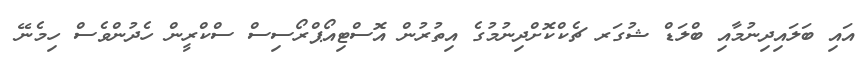
އައި ބަލައިދިނުމާއި ބްލަޑް ޝުގަރ ޗެކްކޮށްދިނުމުގެ އިތުރުން އޮސްޓިއޯޕްރޯސިސް ސްކްރީން ހެދުންވެސް ހިމެނޭ